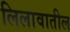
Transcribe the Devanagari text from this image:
लिलावातील